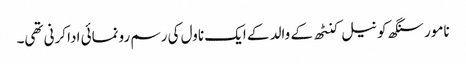
نامور سنگھ کو نیل کنٹھ کے والد کے ایک ناول کی رسم رونمائی ادا کرنی تھی۔